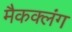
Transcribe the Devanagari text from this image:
मैकक्लंग